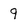
Character: 9